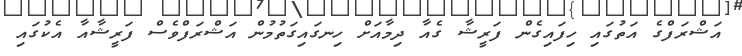
އަޝްރަފްގެ އަތުގައި ހިފައިގެން ފަރީޝާ ގެއާ ދިމާއަށް ހިނގައިގަތުމުން އަޝްރަފްވެސް ފަރީޝާއާ އެކުގައި